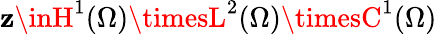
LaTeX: \mathbf{z}\inH^{1}(\Omega)\timesL^{2}(\Omega)\timesC^{1}(\Omega)